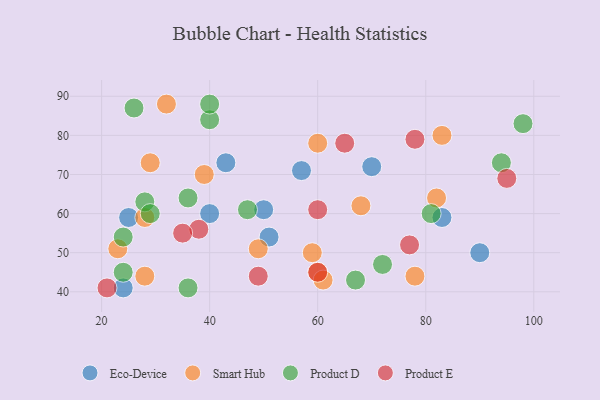
{"axis": {"x": "GDP", "y": "Life Expectancy"}, "legend": ["Eco-Device", "Product D", "Product E", "Smart Hub"], "data": [{"x": "51", "y": 54, "type": "Eco-Device"}, {"x": "43", "y": 73, "type": "Eco-Device"}, {"x": "25", "y": 59, "type": "Eco-Device"}, {"x": "57", "y": 71, "type": "Eco-Device"}, {"x": "50", "y": 61, "type": "Eco-Device"}, {"x": "83", "y": 59, "type": "Eco-Device"}, {"x": "24", "y": 41, "type": "Eco-Device"}, {"x": "70", "y": 72, "type": "Eco-Device"}, {"x": "40", "y": 60, "type": "Eco-Device"}, {"x": "90", "y": 50, "type": "Eco-Device"}, {"x": "23", "y": 51, "type": "Smart Hub"}, {"x": "49", "y": 51, "type": "Smart Hub"}, {"x": "39", "y": 70, "type": "Smart Hub"}, {"x": "60", "y": 45, "type": "Smart Hub"}, {"x": "68", "y": 62, "type": "Smart Hub"}, {"x": "61", "y": 43, "type": "Smart Hub"}, {"x": "28", "y": 44, "type": "Smart Hub"}, {"x": "82", "y": 64, "type": "Smart Hub"}, {"x": "29", "y": 73, "type": "Smart Hub"}, {"x": "78", "y": 44, "type": "Smart Hub"}, {"x": "32", "y": 88, "type": "Smart Hub"}, {"x": "60", "y": 78, "type": "Smart Hub"}, {"x": "28", "y": 59, "type": "Smart Hub"}, {"x": "83", "y": 80, "type": "Smart Hub"}, {"x": "59", "y": 50, "type": "Smart Hub"}, {"x": "40", "y": 84, "type": "Product D"}, {"x": "28", "y": 63, "type": "Product D"}, {"x": "67", "y": 43, "type": "Product D"}, {"x": "40", "y": 88, "type": "Product D"}, {"x": "26", "y": 87, "type": "Product D"}, {"x": "24", "y": 54, "type": "Product D"}, {"x": "72", "y": 47, "type": "Product D"}, {"x": "24", "y": 45, "type": "Product D"}, {"x": "36", "y": 64, "type": "Product D"}, {"x": "29", "y": 60, "type": "Product D"}, {"x": "98", "y": 83, "type": "Product D"}, {"x": "94", "y": 73, "type": "Product D"}, {"x": "36", "y": 41, "type": "Product D"}, {"x": "81", "y": 60, "type": "Product D"}, {"x": "47", "y": 61, "type": "Product D"}, {"x": "95", "y": 69, "type": "Product E"}, {"x": "77", "y": 52, "type": "Product E"}, {"x": "60", "y": 61, "type": "Product E"}, {"x": "60", "y": 45, "type": "Product E"}, {"x": "38", "y": 56, "type": "Product E"}, {"x": "49", "y": 44, "type": "Product E"}, {"x": "21", "y": 41, "type": "Product E"}, {"x": "35", "y": 55, "type": "Product E"}, {"x": "65", "y": 78, "type": "Product E"}, {"x": "78", "y": 79, "type": "Product E"}]}